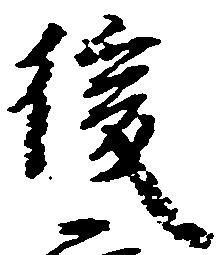
後